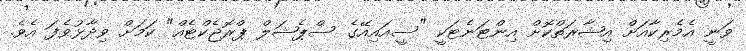
ވަނީ އެމެރިކާއަށް އިޝާރަތްކޮށް އިންޓަނެޓަކީ "ސީއައިއޭގެ ސްޕެޝަލް ޕްރޮޖެކްޓެއް" ކަމަށް ވިދާޅުވެފަ އެވެ.